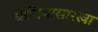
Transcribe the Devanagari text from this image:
केनियासारखा